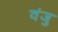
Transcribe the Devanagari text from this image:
वंजु